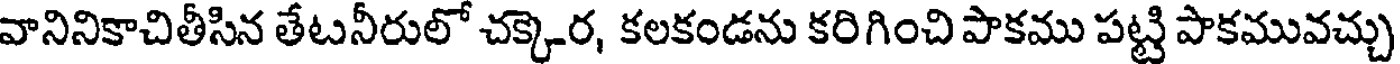
వానినికాచితీసిన తేటనీరులో చక్కెర, కలకండను కరిగించి పాకము పట్టి పాకమువచ్చు